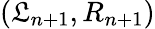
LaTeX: (\mathfrak{L}_{n+1},R_{n+1})